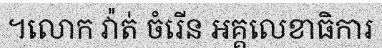
។លោក វ៉ាត់ ចំរើន អគ្គលេខាធិការ